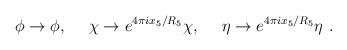
LaTeX: \begin{align*}\phi \rightarrow \phi,~~~~\chi\rightarrow e^{4\pi i x_5/R_5} \chi,~~~~\eta\rightarrow e^{4\pi i x_5/R_5}\eta\ .\end{align*}